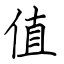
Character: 值